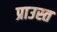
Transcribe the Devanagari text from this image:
प्राउस्त